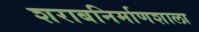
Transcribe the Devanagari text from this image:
शराबनिर्माणशाला